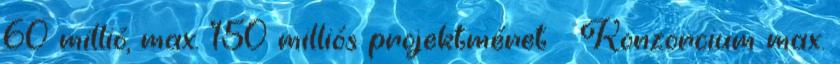
60 millió, max. 150 milliós projektméret  Konzorcium max.